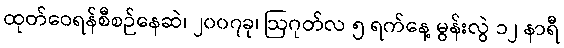
ထုတ်ဝေရန်စီစဉ်နေဆဲ၊ ၂၀၀၇ခု၊ ဩဂုတ်လ ၅ ရက်နေ့ မွန်းလွဲ ၁၂ နာရီ